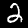
Digit: 2